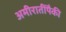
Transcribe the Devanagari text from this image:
अमीरातींपैकी